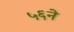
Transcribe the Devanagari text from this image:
५६ने